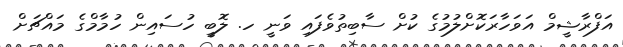
އަފްރާޝީމް އަވަހާރަކޮށްލުމުގެ ކުށް ސާބިތުވެފައި ވަނީ ހ. ލޮބީ ހުސައިން ހުމާމްގެ މައްޗަށް